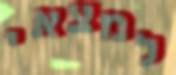
למצאי